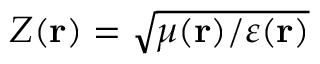
Z ( \mathbf { r } ) = \sqrt { \mu ( \mathbf { r } ) / \varepsilon ( \mathbf { r } ) }